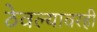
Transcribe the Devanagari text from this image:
ठेवल्यावरही